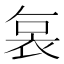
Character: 𮕷